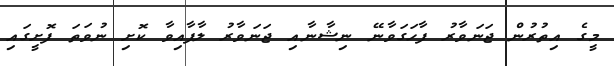
މީގެ އިތުރުން ޖަނަވާރު ފާހަގަވާނޭ ނިޝާނާއި ޖަނަވާރު ލާފާއިވާ ކޮށި ނުވަތަ ފޮށީގައި